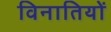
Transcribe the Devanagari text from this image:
विनातियों